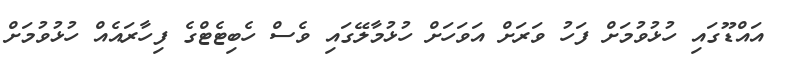
އައްޑޫގައި ހުޅުވުމަށް ފަހު ވަރަށް އަވަހަށް ހުޅުމާލޭގައި ވެސް ހެބިޓެޓްގެ ފިހާރައެއް ހުޅުވުމަށް